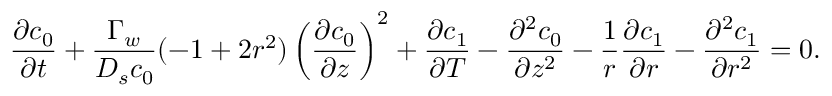
\frac { \partial c _ { 0 } } { \partial t } + \frac { \Gamma _ { w } } { D _ { s } c _ { 0 } } ( - 1 + 2 r ^ { 2 } ) \left( \frac { \partial c _ { 0 } } { \partial z } \right) ^ { 2 } + \frac { \partial c _ { 1 } } { \partial T } - \frac { \partial ^ { 2 } c _ { 0 } } { \partial z ^ { 2 } } - \frac { 1 } { r } \frac { \partial c _ { 1 } } { \partial r } - \frac { \partial ^ { 2 } c _ { 1 } } { \partial r ^ { 2 } } = 0 .